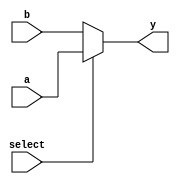
module conditional_assignment (
    input wire a,          // Input signal a
    input wire b,          // Input signal b
    input wire select,     // Control signal to select output
    output wire y          // Output signal
);

// Conditional continuous assignment using the ternary operator
assign y = (select) ? a : b; // If select is true, assign a to y; otherwise, assign b to y

endmodule